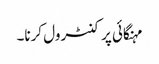
مہنگائی پر کنٹرول کرنا۔